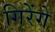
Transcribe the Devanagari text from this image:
गिरेंगे